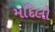
મદિલો